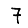
Digit: 7